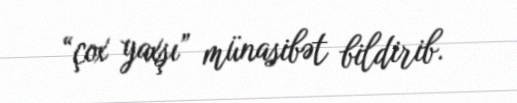
“çox yaxşı” münasibət bildirib.